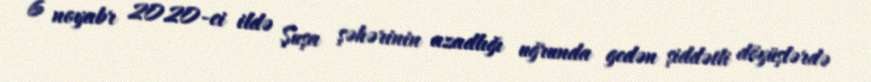
6 noyabr 2020-ci ildə Şuşa şəhərinin azadlığı uğrunda gedən şiddətli döyüşlərdə